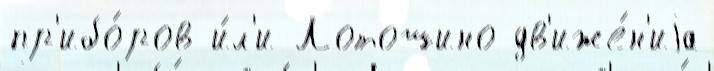
пр'ибо́ров и́л'и Лотошино дв'иже́н'иjа